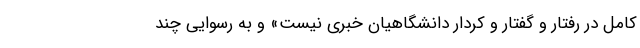
کامل در رفتار و گفتار و کردار دانشگاهیان خبری نیست» و به رسوایی چند